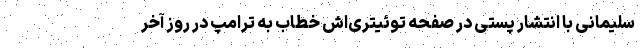
سلیمانی با انتشار پستی در صفحه توئیتری‌اش خطاب به ترامپ در روز آخر